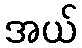
အယ်